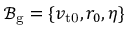
\mathcal { B } _ { \mathrm { g } } = \{ v _ { \mathrm { t 0 } } , r _ { 0 } , \eta \}